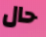
حال